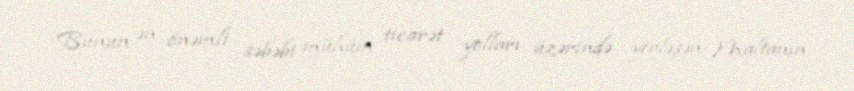
Bunun ən önəmli səbəbi mühüm ticarət yolları üzərində yerləşən Maltanın